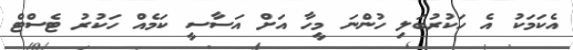
އެކަމަކު އެ ހަކުރުބަލި ހުންނަ މީހާ އަށް އަސާސީ ކަމެއް ހަކުރު ޓެސްޓް